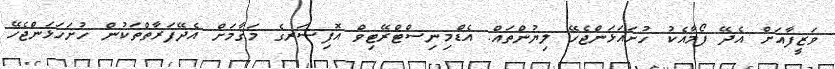
ވަޒީފާއަށް އެދޭ ފޯމާއެކު ހުށައަޅަންޖެހޭ ލިޔުންތައް: އެޑްމިނިސްޓްރޭޓިވް އޮފިސަރގެ މަޤާމަށް އެދޭފަރާތްތަކުން ހުށަހަޅަންޖެހޭ